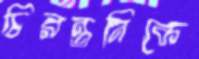
চিরন্তনিকে